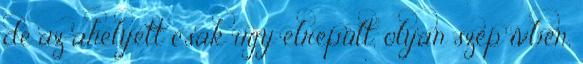
de az ahelyett csak úgy elrepült, olyan szép ívben,